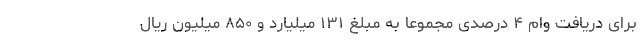
برای دریافت وام ۴ درصدی مجموعا به مبلغ ۱۳۱ میلیارد و ۸۵۰ میلیون ریال